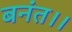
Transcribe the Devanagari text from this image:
बनंत।।